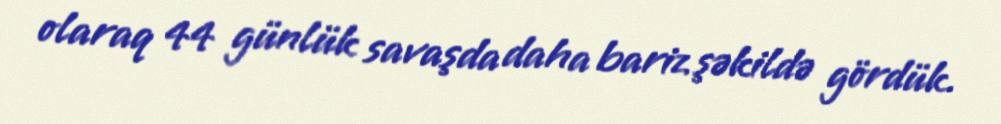
olaraq 44 günlük savaşda daha bariz şəkildə gördük.